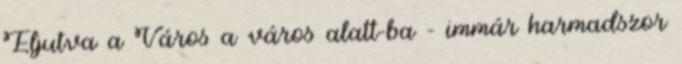
Eljutva a Város a város alatt-ba - immár harmadszor